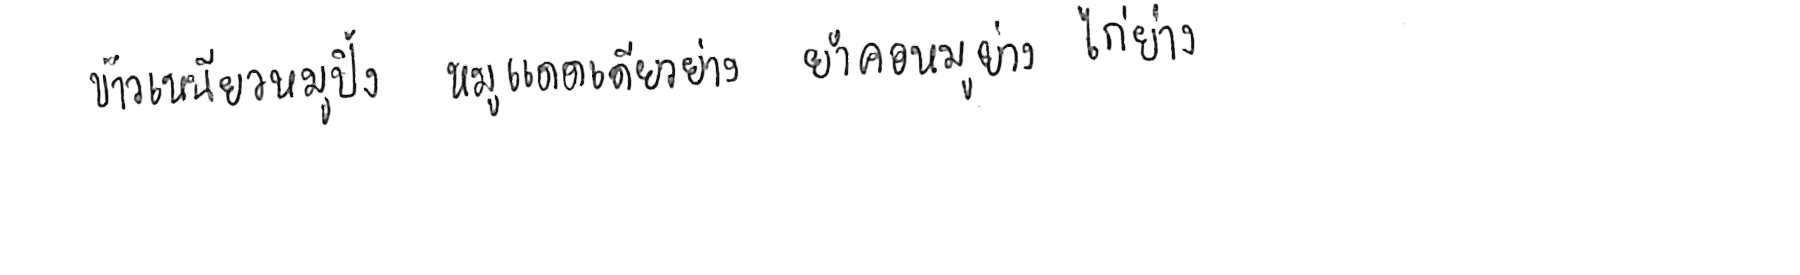
ข้าวเหนียวหมูปิ้ง หมูแดดเดียวย่าง ยำคอหมูย่าง ไก่ย่าง